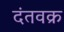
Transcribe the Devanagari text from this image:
दंतवक्र